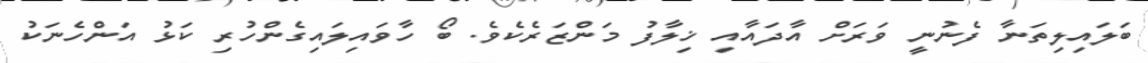
ބަލައިލިތަނާ ފެނުނީ ވަރަށް އާދައާއި ޚިލާފު މަންޒަރެކެވެ. ބޯ ހާވައިލައިގެންހުރި ކަޅު އަންހެނަކު